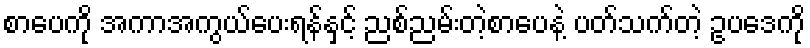
စာပေကို အကာအကွယ်ပေးရန်နှင့် ညစ်ညမ်းတဲ့စာပေနဲ့ ပတ်သက်တဲ့ ဥပဒေကို